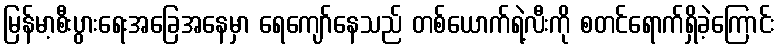
မြန်မာ့စီးပွားရေးအခြေအနေမှာ ရေကျော်နေသည် တစ်ယောက်ရဲ့လီးကို စတင်ရောက်ရှိခဲ့ကြောင်း